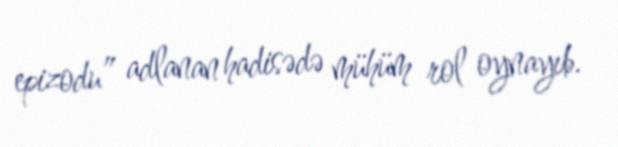
epizodu” adlanan hadisədə mühüm rol oynayıb.